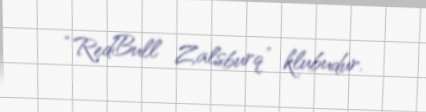
“RedBull Zalsburq” klubudur.